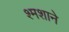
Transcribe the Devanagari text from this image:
श्मशाने